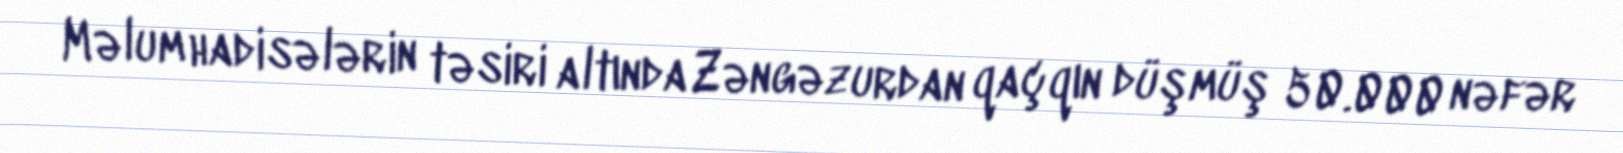
Məlum hadisələrin təsiri altında Zəngəzurdan qaçqın düşmüş 50.000 nəfər